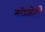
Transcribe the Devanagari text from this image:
बॉम्बेटी